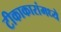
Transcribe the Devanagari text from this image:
टीकाकारांमध्ये